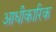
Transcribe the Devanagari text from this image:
आधीकारिक